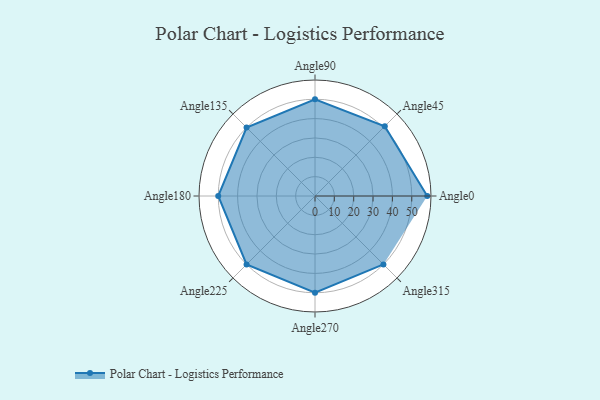
{"axis": {"x": "Angle", "y": "Radius"}, "legend": [""], "data": [{"x": "Angle0", "y": 58.0, "type": ""}, {"x": "Angle45", "y": 51.0, "type": ""}, {"x": "Angle90", "y": 50, "type": ""}, {"x": "Angle135", "y": 50, "type": ""}, {"x": "Angle180", "y": 50, "type": ""}, {"x": "Angle225", "y": 50, "type": ""}, {"x": "Angle270", "y": 50, "type": ""}, {"x": "Angle315", "y": 50, "type": ""}]}